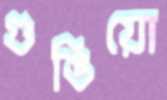
গুঙিয়ো